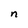
Character: n